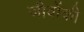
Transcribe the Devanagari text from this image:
जीवोंकी